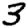
Digit: 3